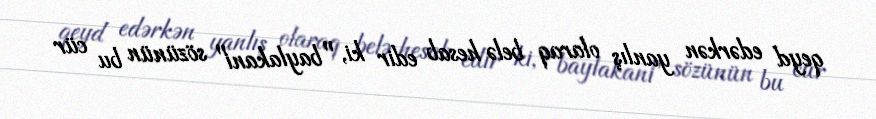
qeyd edərkən yanlış olaraq belə hesab edir ki, "baylakani" sözünün bu cür